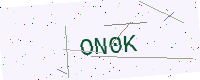
Text: ON0K